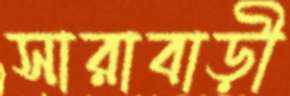
সারাবাড়ী